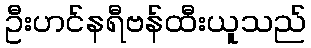
ဦးဟင်နရီဗန်ထီးယူသည်